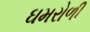
ઘમરોળી